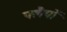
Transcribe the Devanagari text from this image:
फ्लैपों